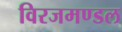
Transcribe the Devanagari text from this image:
विरजमण्डल